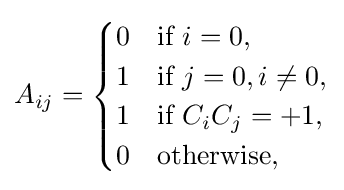
A_{ij}={\begin{cases}0&{\mbox{if }}i=0,\\1&{\mbox{if }}j=0,i\neq 0,\\1&{\mbox{if }}C_{i}C_{j}=+1,\\0&{\mbox{otherwise,}}\end{cases}}